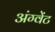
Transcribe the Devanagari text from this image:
अंग्वेंट